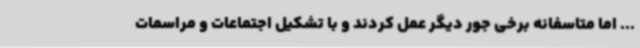
... اما متاسفانه برخی جور دیگر عمل کردند و با تشکیل اجتماعات و مراسمات